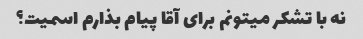
نه با تشکر میتونم برای آقا پیام بذارم اسمیت؟